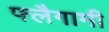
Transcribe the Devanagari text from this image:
फ्लैगामी